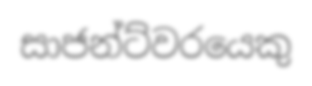
සාජන්ට්වරයෙකු